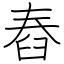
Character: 舂